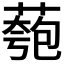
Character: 𫉌